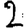
Digit: 2